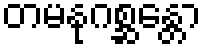
တမနုဂစ္ဆန္တော